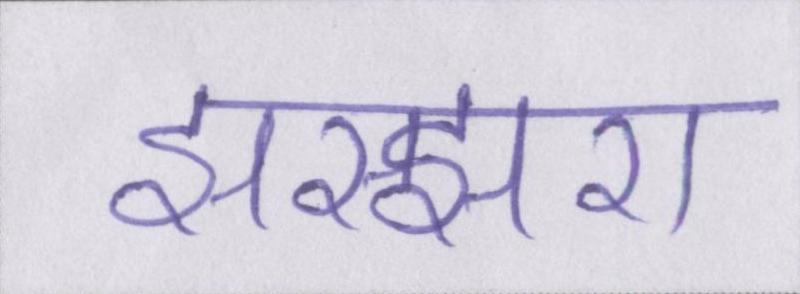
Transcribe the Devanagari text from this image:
झरझरा